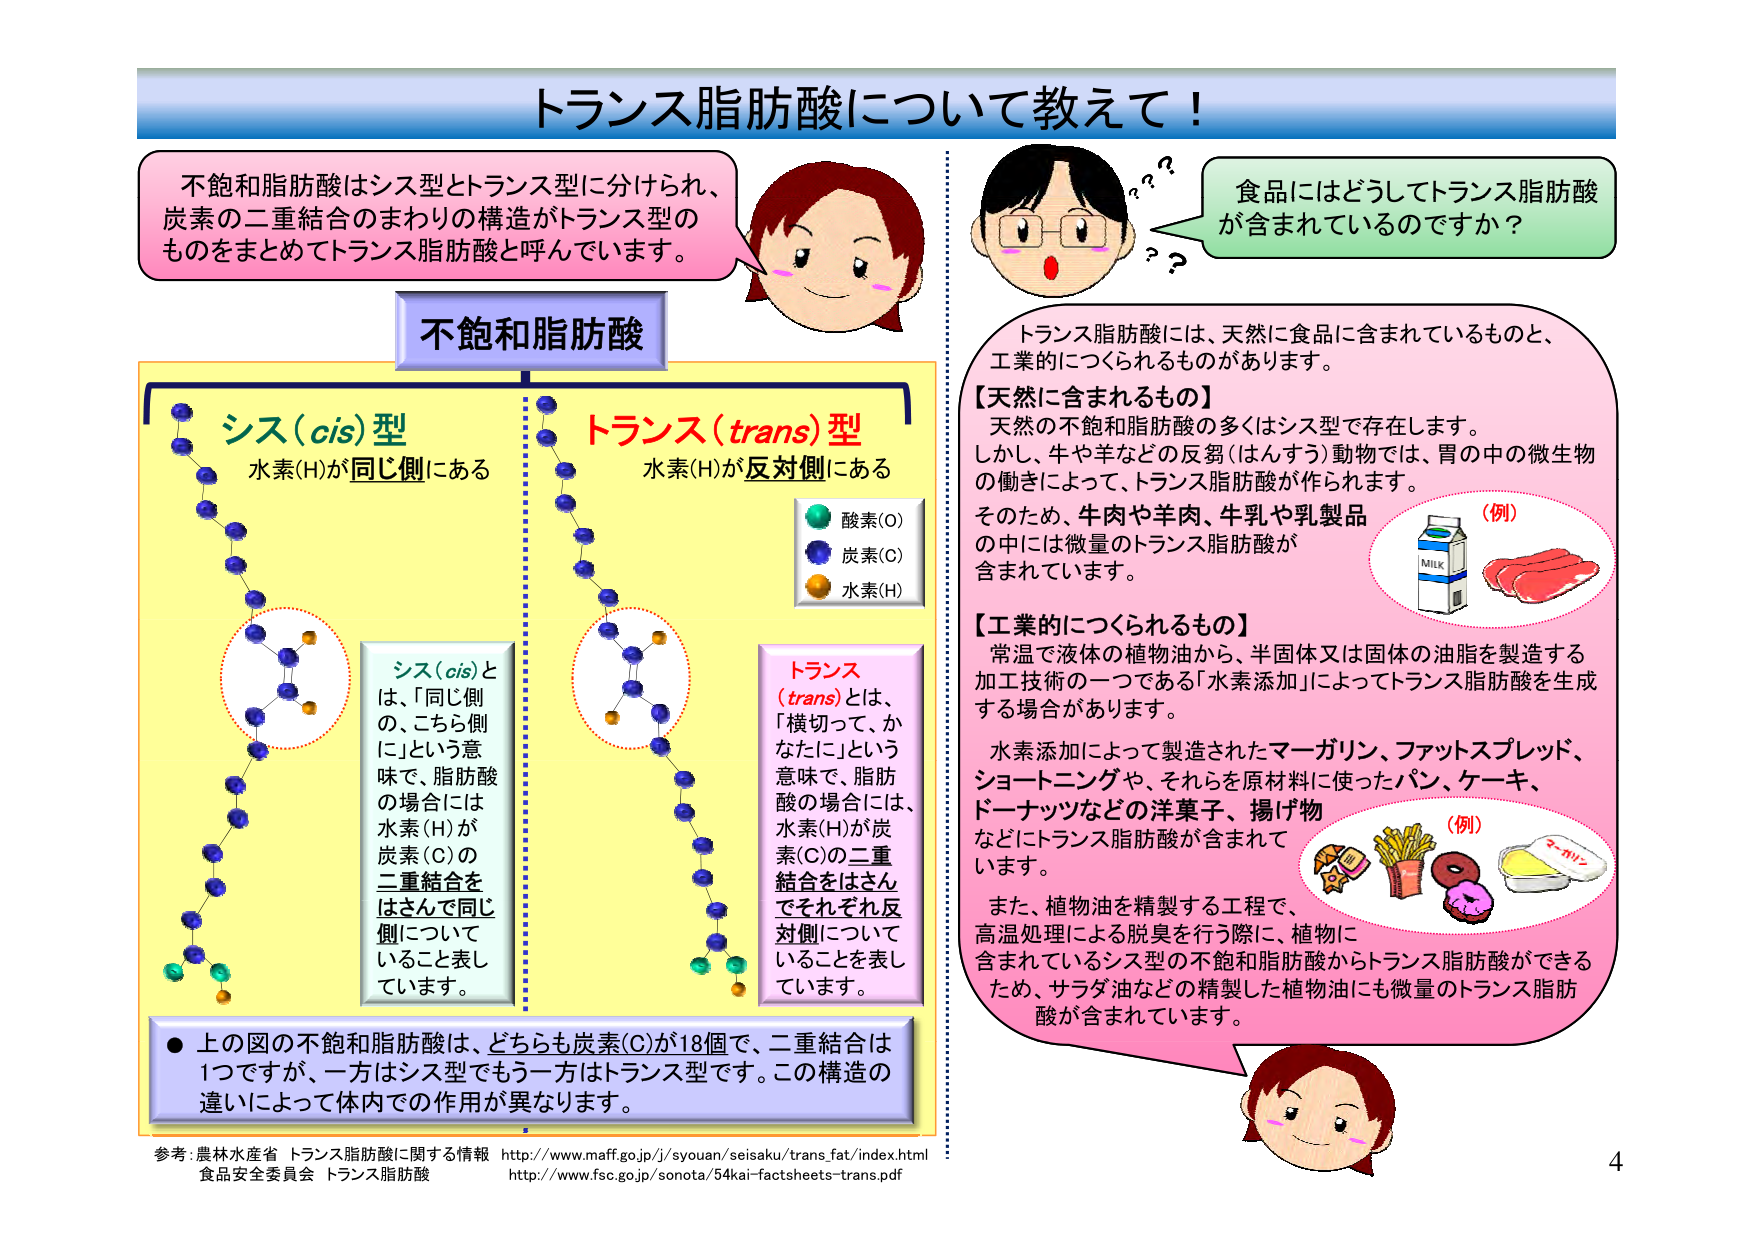
トランス脂肪酸について教えて！

不飽和脂肪酸はシス型とトランス型に分けられ、
炭素の二重結合のまわりの構造がトランス型の
ものをまとめてトランス脂肪酸と呼んでいます。

不飽和脂肪酸

シス（cis）型
水素(H)が同じ側にある

トランス（trans）型
水素(H)が反対側にある

酸素(O)
炭素(C)
水素(H)

シス（cis）とは、「同じ側
の、こちら側
に」という意味で、脂肪酸
の場合には
水素(H)が
炭素(C)の
二重結合を
はさんで同じ
側について
いることを表し
ています。

トランス
（trans）とは、
「横切って、か
なたに」という
意味で、脂肪
酸の場合には、
水素(H)が炭
素(C)の二重
結合をはさん
でそれぞれ反
対側について
いることを表し
ています。

● 上の図の不飽和脂肪酸は、どちらも炭素(C)が18個で、二重結合は
1つですが、一方はシス型でもう一方はトランス型です。この構造の
違いによって体内での作用が異なります。

食品にはどうしてトランス脂肪酸
が含まれているのですか？

トランス脂肪酸には、天然に食品に含まれているものと、
工業的につくられるものがあります。

【天然に含まれるもの】
天然の不飽和脂肪酸の多くはシス型で存在します。
しかし、牛や羊などの反芻（はんすう）動物では、胃の中の微生物
の働きによって、トランス脂肪酸が作られます。
そのため、牛肉や羊肉、牛乳や乳製品
の中には微量のトランス脂肪酸が
含まれています。
（例）
MILK

【工業的につくられるもの】
常温で液体の植物油から、半固体又は固体の油脂を製造する
加工技術の一つである「水素添加」によってトランス脂肪酸を生成
する場合があります。
水素添加によって製造されたマーガリン、ファットスプレッド、
ショートニングや、それらを原材料に使ったパン、ケーキ、
ドーナッツなどの洋菓子、揚げ物
などにトランス脂肪酸が含まれて
います。
（例）
マーガリン

また、植物油を精製する工程で、
高温処理による脱臭を行う際に、植物に
含まれているシス型の不飽和脂肪酸からトランス脂肪酸ができる
ため、サラダ油などの精製した植物油にも微量のトランス脂肪
酸が含まれています。

参考：農林水産省 トランス脂肪酸に関する情報 http://www.maff.go.jp/j/syouan/seisaku/trans_fat/index.html
食品安全委員会 トランス脂肪酸 http://www.fsc.go.jp/sonota/54kai-factsheets-trans.pdf

4